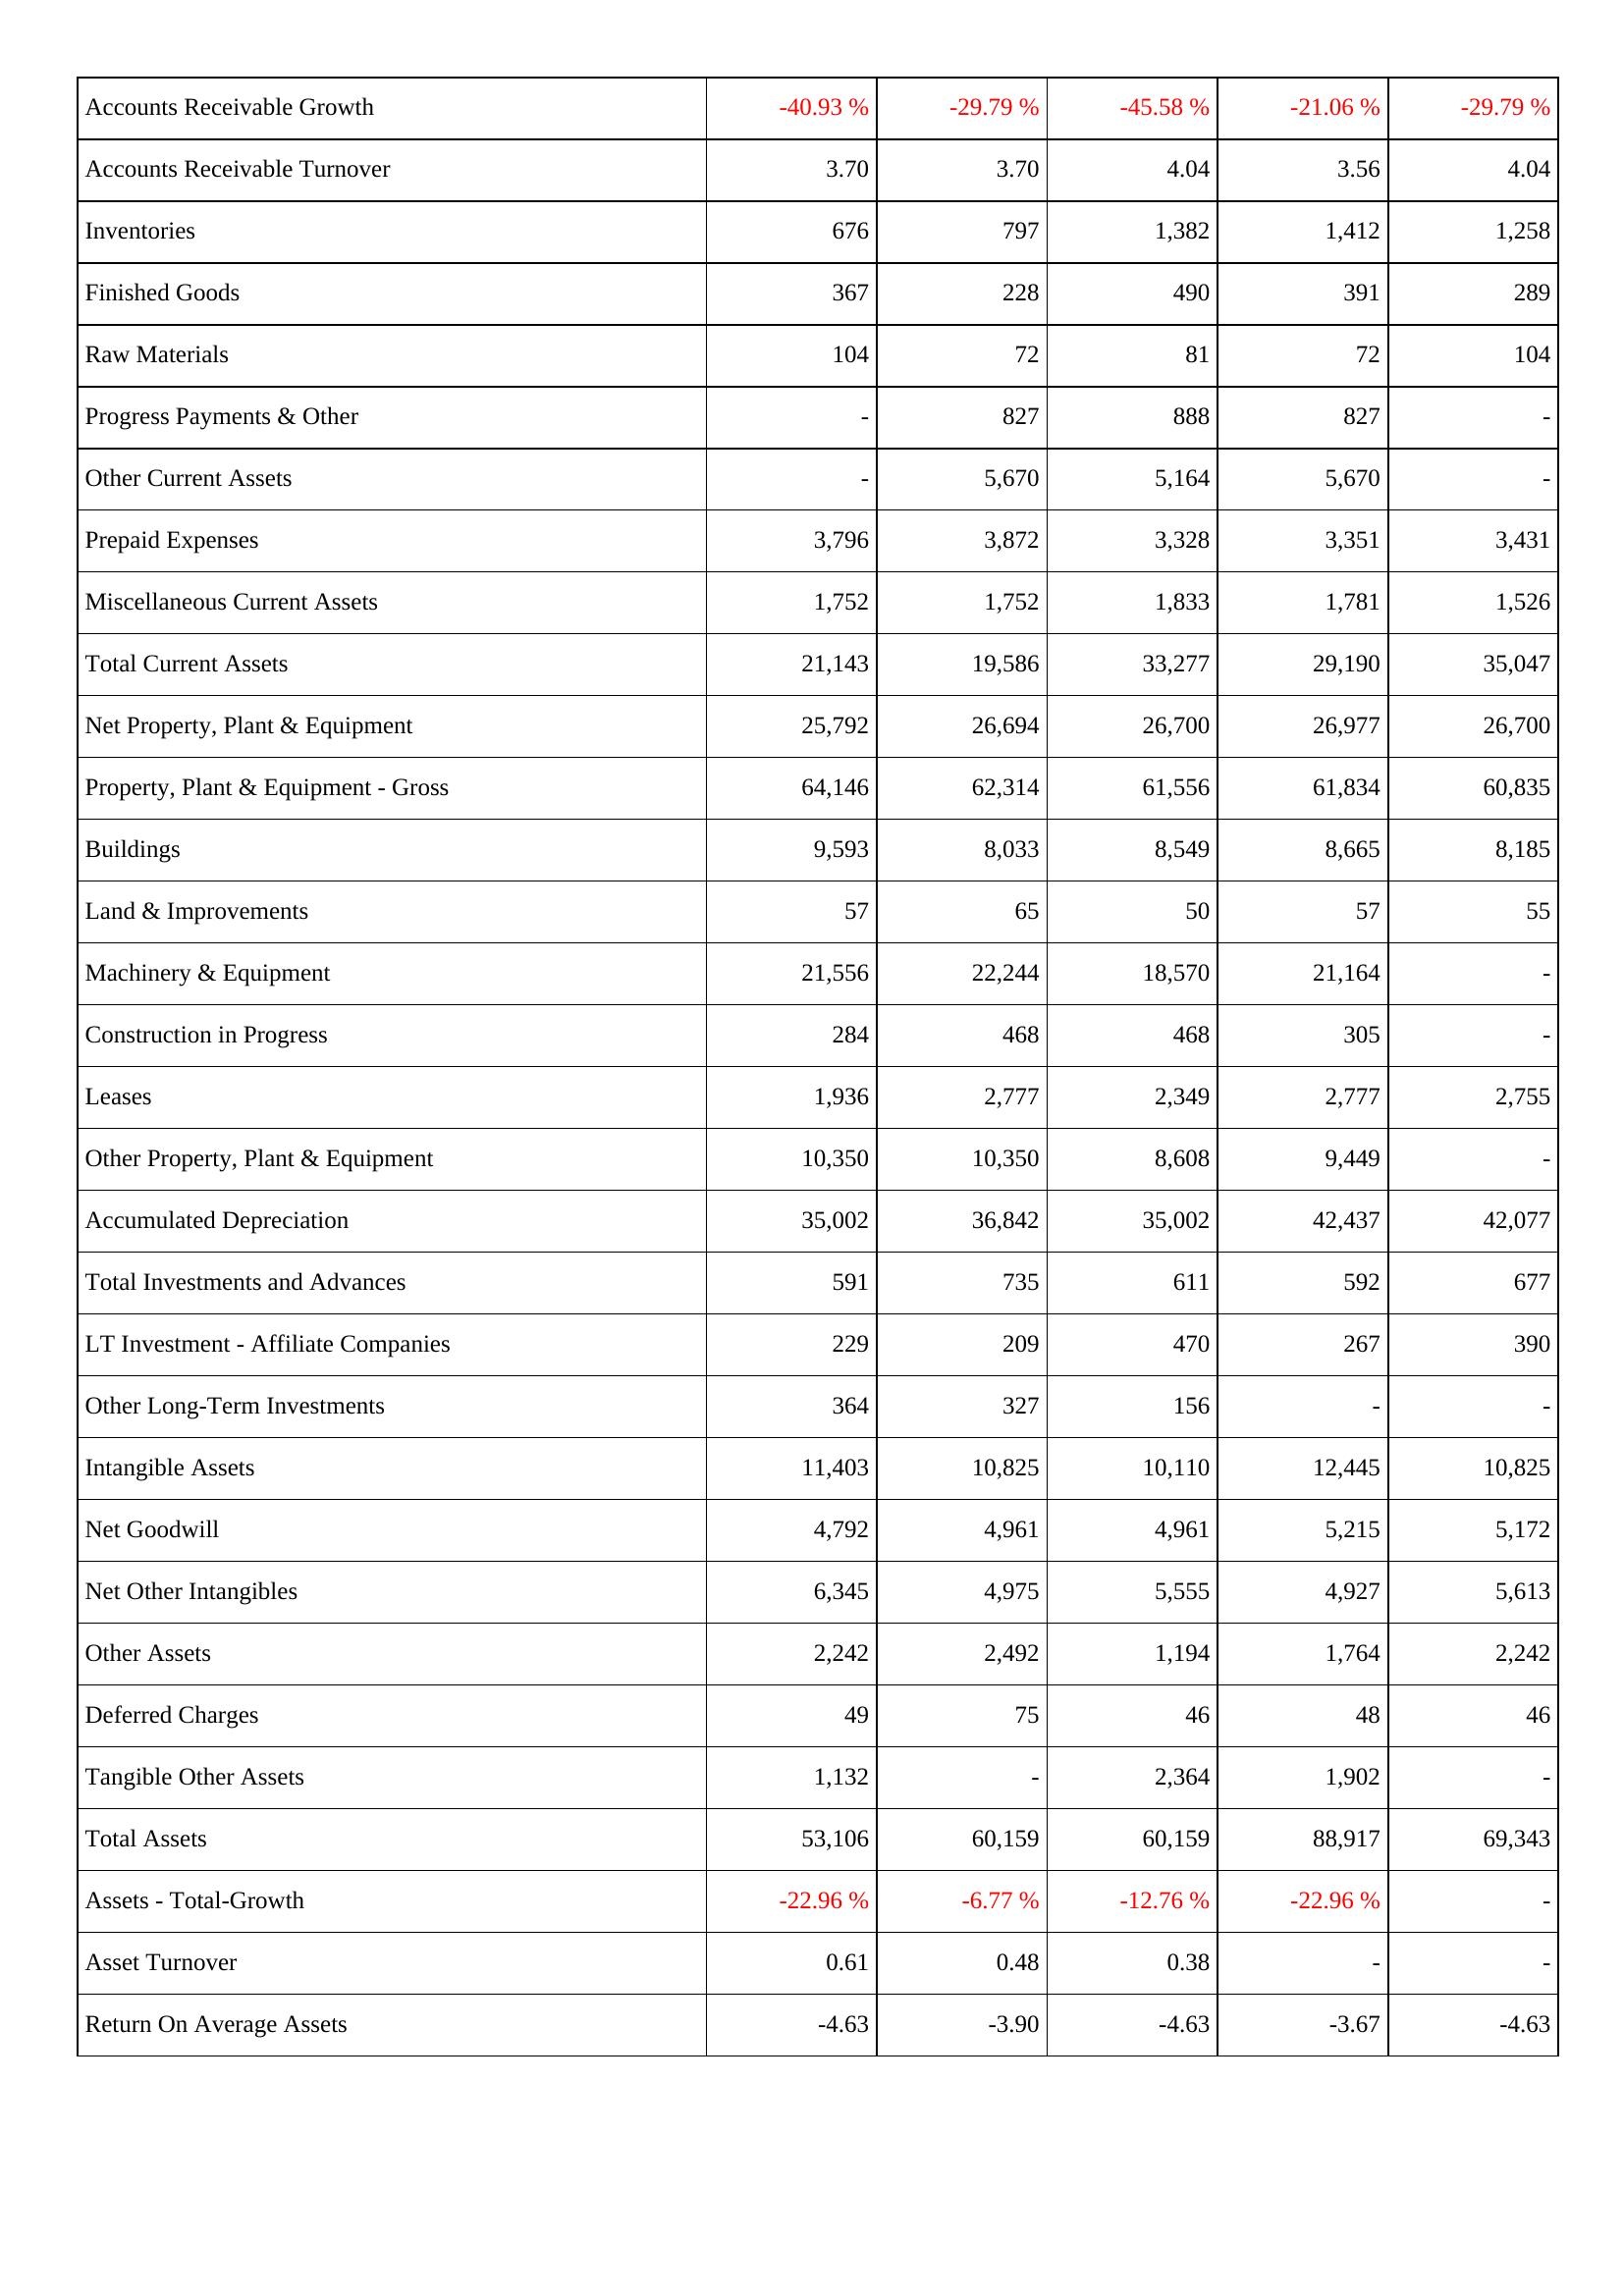
2015: Assets: Accounts Receivable Growth: -40.93 %
Accounts Receivable Turnover: 3.70
Inventories: 676
Finished Goods: 367
Raw Materials: 104
Progress Payments & Other: -
Other Current Assets: -
Prepaid Expenses: 3,796
Miscellaneous Current Assets: 1,752
Total Current Assets: 21,143
Net Property, Plant & Equipment: 25,792
Property, Plant & Equipment - Gross: 64,146
Buildings: 9,593
Land & Improvements: 57
Machinery & Equipment: 21,556
Construction in Progress: 284
Leases: 1,936
Other Property, Plant & Equipment: 10,350
Accumulated Depreciation: 35,002
Total Investments and Advances: 591
LT Investment - Affiliate Companies: 229
Other Long-Term Investments: 364
Intangible Assets: 11,403
Net Goodwill: 4,792
Net Other Intangibles: 6,345
Other Assets: 2,242
Deferred Charges: 49
Tangible Other Assets: 1,132
Total Assets: 53,106
Assets - Total-Growth: -22.96 %
Asset Turnover: 0.61
Return On Average Assets: -4.63
2014: Assets: Accounts Receivable Growth: -29.79 %
Accounts Receivable Turnover: 3.70
Inventories: 797
Finished Goods: 228
Raw Materials: 72
Progress Payments & Other: 827
Other Current Assets: 5,670
Prepaid Expenses: 3,872
Miscellaneous Current Assets: 1,752
Total Current Assets: 19,586
Net Property, Plant & Equipment: 26,694
Property, Plant & Equipment - Gross: 62,314
Buildings: 8,033
Land & Improvements: 65
Machinery & Equipment: 22,244
Construction in Progress: 468
Leases: 2,777
Other Property, Plant & Equipment: 10,350
Accumulated Depreciation: 36,842
Total Investments and Advances: 735
LT Investment - Affiliate Companies: 209
Other Long-Term Investments: 327
Intangible Assets: 10,825
Net Goodwill: 4,961
Net Other Intangibles: 4,975
Other Assets: 2,492
Deferred Charges: 75
Tangible Other Assets: -
Total Assets: 60,159
Assets - Total-Growth: -6.77 %
Asset Turnover: 0.48
Return On Average Assets: -3.90
2013: Assets: Accounts Receivable Growth: -45.58 %
Accounts Receivable Turnover: 4.04
Inventories: 1,382
Finished Goods: 490
Raw Materials: 81
Progress Payments & Other: 888
Other Current Assets: 5,164
Prepaid Expenses: 3,328
Miscellaneous Current Assets: 1,833
Total Current Assets: 33,277
Net Property, Plant & Equipment: 26,700
Property, Plant & Equipment - Gross: 61,556
Buildings: 8,549
Land & Improvements: 50
Machinery & Equipment: 18,570
Construction in Progress: 468
Leases: 2,349
Other Property, Plant & Equipment: 8,608
Accumulated Depreciation: 35,002
Total Investments and Advances: 611
LT Investment - Affiliate Companies: 470
Other Long-Term Investments: 156
Intangible Assets: 10,110
Net Goodwill: 4,961
Net Other Intangibles: 5,555
Other Assets: 1,194
Deferred Charges: 46
Tangible Other Assets: 2,364
Total Assets: 60,159
Assets - Total-Growth: -12.76 %
Asset Turnover: 0.38
Return On Average Assets: -4.63
2012: Assets: Accounts Receivable Growth: -21.06 %
Accounts Receivable Turnover: 3.56
Inventories: 1,412
Finished Goods: 391
Raw Materials: 72
Progress Payments & Other: 827
Other Current Assets: 5,670
Prepaid Expenses: 3,351
Miscellaneous Current Assets: 1,781
Total Current Assets: 29,190
Net Property, Plant & Equipment: 26,977
Property, Plant & Equipment - Gross: 61,834
Buildings: 8,665
Land & Improvements: 57
Machinery & Equipment: 21,164
Construction in Progress: 305
Leases: 2,777
Other Property, Plant & Equipment: 9,449
Accumulated Depreciation: 42,437
Total Investments and Advances: 592
LT Investment - Affiliate Companies: 267
Other Long-Term Investments: -
Intangible Assets: 12,445
Net Goodwill: 5,215
Net Other Intangibles: 4,927
Other Assets: 1,764
Deferred Charges: 48
Tangible Other Assets: 1,902
Total Assets: 88,917
Assets - Total-Growth: -22.96 %
Asset Turnover: -
Return On Average Assets: -3.67
2011: Assets: Accounts Receivable Growth: -29.79 %
Accounts Receivable Turnover: 4.04
Inventories: 1,258
Finished Goods: 289
Raw Materials: 104
Progress Payments & Other: -
Other Current Assets: -
Prepaid Expenses: 3,431
Miscellaneous Current Assets: 1,526
Total Current Assets: 35,047
Net Property, Plant & Equipment: 26,700
Property, Plant & Equipment - Gross: 60,835
Buildings: 8,185
Land & Improvements: 55
Machinery & Equipment: -
Construction in Progress: -
Leases: 2,755
Other Property, Plant & Equipment: -
Accumulated Depreciation: 42,077
Total Investments and Advances: 677
LT Investment - Affiliate Companies: 390
Other Long-Term Investments: -
Intangible Assets: 10,825
Net Goodwill: 5,172
Net Other Intangibles: 5,613
Other Assets: 2,242
Deferred Charges: 46
Tangible Other Assets: -
Total Assets: 69,343
Assets - Total-Growth: -
Asset Turnover: -
Return On Average Assets: -4.63